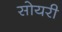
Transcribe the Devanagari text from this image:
सोयरी